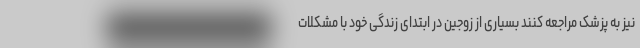
نیز به پزشک مراجعه کنند بسیاری از زوجین در ابتدای زندگی خود با مشکلات